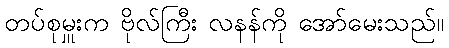
တပ်စုမှူးက ဗိုလ်ကြီး လနန်ကို အော်မေးသည်။